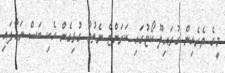
މީގެ ތެރެއިން ގުރައިދޫ ކޯޓުގައި ކަރަންޓް ނެތުމާ ގުޅިގެން ހެކި ބަސް ނަގާފައި